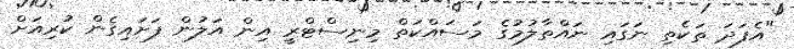
"އެފަދަ ތަކެތި ނަގައި ނައްތާލުމުގެ މަސައްކަތް މިނިސްޓްރީ އިން އަލުން ފަށައިގެން ކުރިއަށް